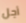
أجل